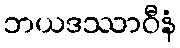
ဘယဒဿာဝီနံ